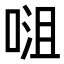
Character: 𭈡